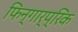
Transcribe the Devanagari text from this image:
फिन्गार्प्रिक